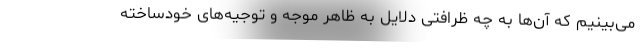
می‌بینیم که آن‌ها به چه ظرافتی دلایل به ظاهر موجه و توجیه‌های خودساخته